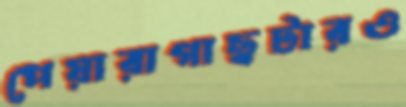
পেয়ারাগাছটারও